Leaving Certificate Examination (including Day School Certificate (Higher) General paper), 1931
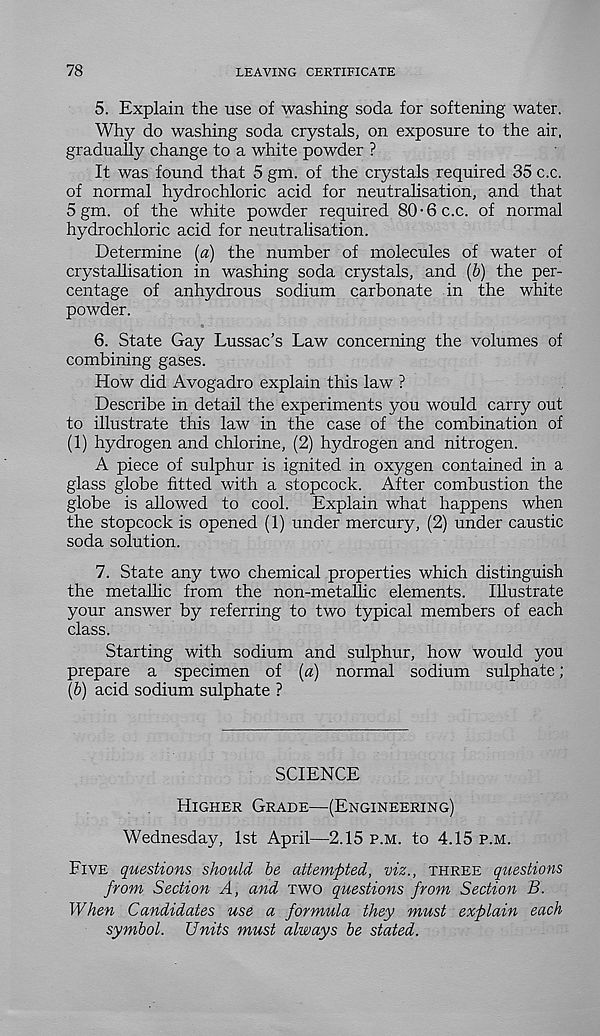
78
LEAVING CERTIFICATE
5. Explain the use of washing soda for softening water.
Why do washing soda crystals, on exposure to the air,
gradually change to a white powder ?
It was found that 5 gm. of the crystals required 35 c.c.
of normal hydrochloric acid for neutrahsation, and that
5 gm. of the white powder required 80-6 c.c. of normal
hydrochloric acid for neutrahsation.
Determine (a) the number of molecules of water of
crystallisation in washing soda crystals, and {b) the per-
centage of anhydrous sodium carbonate in the white
powder.
6. State Gay Lussac’s Law concerning the volumes of
combining gases.
How did Avogadro explain this law ?
Describe in detail the experiments you would carry out
to illustrate this law in the case of the combination of
(1) hydrogen and chlorine, (2) hydrogen and nitrogen.
A piece of sulphur is ignited in oxygen contained in a
glass globe fitted with a stopcock. After combustion the
globe is allowed to cool. Explain what happens when
the stopcock is opened (1) under mercury, (2) under caustic
soda solution.
7. State any two chemical properties which distinguish
the metallic from the non-metallic elements. Illustrate
your answer by referring to two typical members of each
class.
Starting with sodium and sulphur, how would you
prepare a specimen of {a) normal sodium sulphate ;
\b) acid sodium sulphate ?
SCIENCE
Higher Grade—(Engineering)
Wednesday, 1st April—2.15 p.m. to 4.15 p.m.
Five questions should be attempted, viz., three questions
from Section A, and two questions from Section B.
When Candidates use a formula they must explain each
symbol. Units must always be stated.